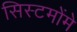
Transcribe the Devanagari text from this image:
सिस्टमोंमे